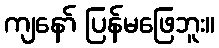
ကျနော် ပြန်မဖြေဘူး။